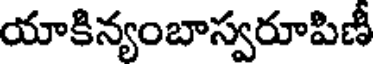
యాకిన్యంబాస్వరూపిణీ